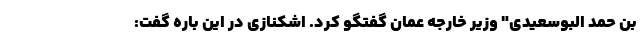
بن حمد البوسعیدی" وزیر خارجه عمان گفتگو کرد. اشکنازی در این باره گفت: